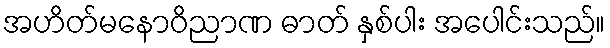
အဟိတ်မနောဝိညာဏ ဓာတ် နှစ်ပါး အပေါင်းသည်။